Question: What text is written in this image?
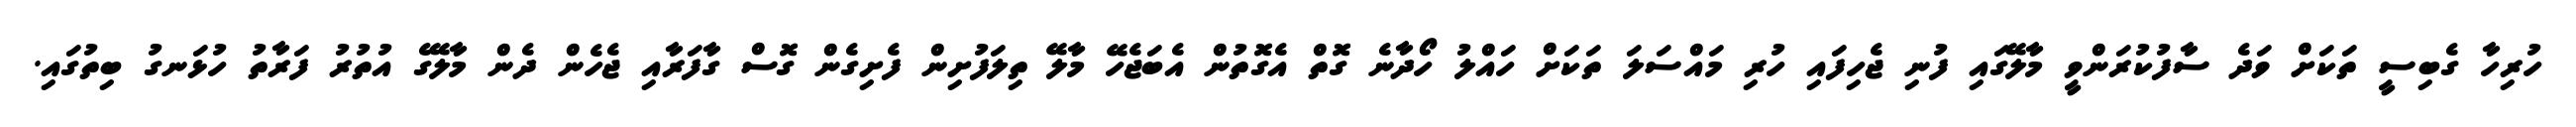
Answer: ހުރިހާ ގެބިސީ ތަކަށް ވަދެ ސާފުކުރަންވީ މާލޭގައި ފުނި ޖެހިފައި ހުރި މައްސަލަ ތަކަށް ހައްލު ހޯދާނެ ގޮތް އެގޮތުން އެބަޖެހޭ މާލޭ ތިލަފުށިން ފެށިގެން ގޮސް ގާފަރާއި ޖެހެން ދެން މާލޭގެ އުތުރު ފަރާތު ހުޅަނގު ބިތުގައި.